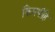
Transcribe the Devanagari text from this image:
किमपीहि